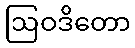
ဩဝဒိတော